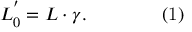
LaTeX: L _ { 0 } ^ { ' } = L \cdot \gamma . \qquad \qquad { \mathrm { ( 1 ) } }